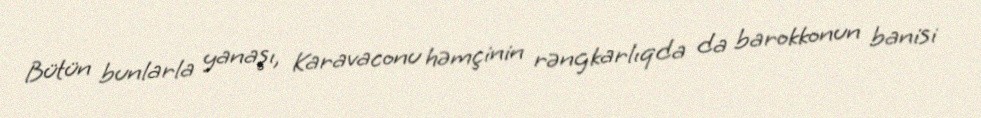
Bütün bunlarla yanaşı, Karavaconu həmçinin rəngkarlıqda da barokkonun banisi